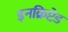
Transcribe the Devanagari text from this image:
इनक्रिप्टेड